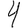
Digit: 4